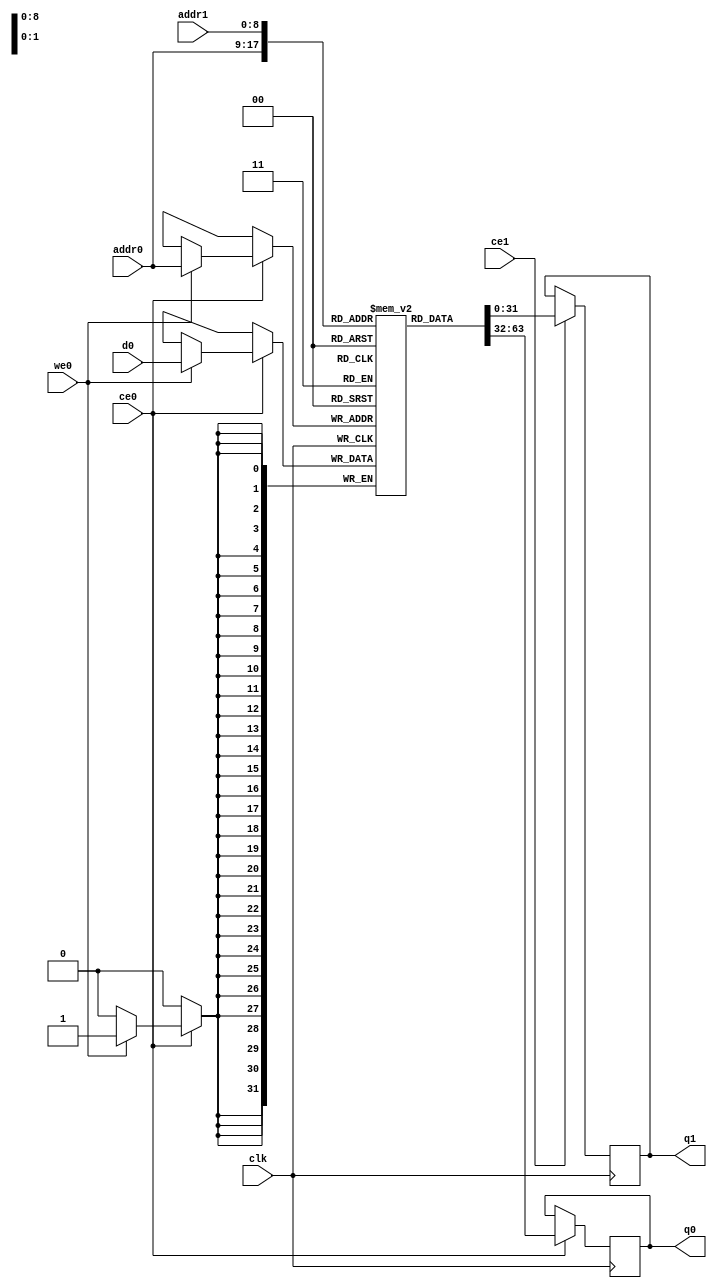
module hls_xfft2real_descramble_buf_0_M_real_V_memcore_ram (addr0, ce0, d0, we0, q0, addr1, ce1, q1,  clk);

parameter DWIDTH = 32;
parameter AWIDTH = 9;
parameter MEM_SIZE = 512;

input[AWIDTH-1:0] addr0;
input ce0;
input[DWIDTH-1:0] d0;
input we0;
output reg[DWIDTH-1:0] q0;
input[AWIDTH-1:0] addr1;
input ce1;
output reg[DWIDTH-1:0] q1;
input clk;

reg [DWIDTH-1:0] ram[0:MEM_SIZE-1];




always @(posedge clk)  
begin 
    if (ce0) begin
        if (we0) 
            ram[addr0] <= d0; 
        q0 <= ram[addr0];
    end
end


always @(posedge clk)  
begin 
    if (ce1) begin
        q1 <= ram[addr1];
    end
end


endmodule